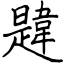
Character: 韙